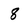
Character: 8